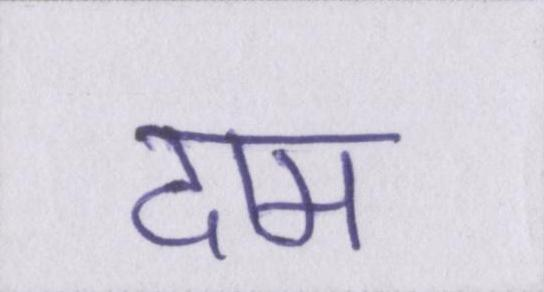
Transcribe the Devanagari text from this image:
दाम